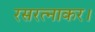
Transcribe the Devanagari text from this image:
रसरत्नाकर।